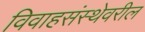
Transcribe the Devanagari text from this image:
विवाहसंस्थेवरील